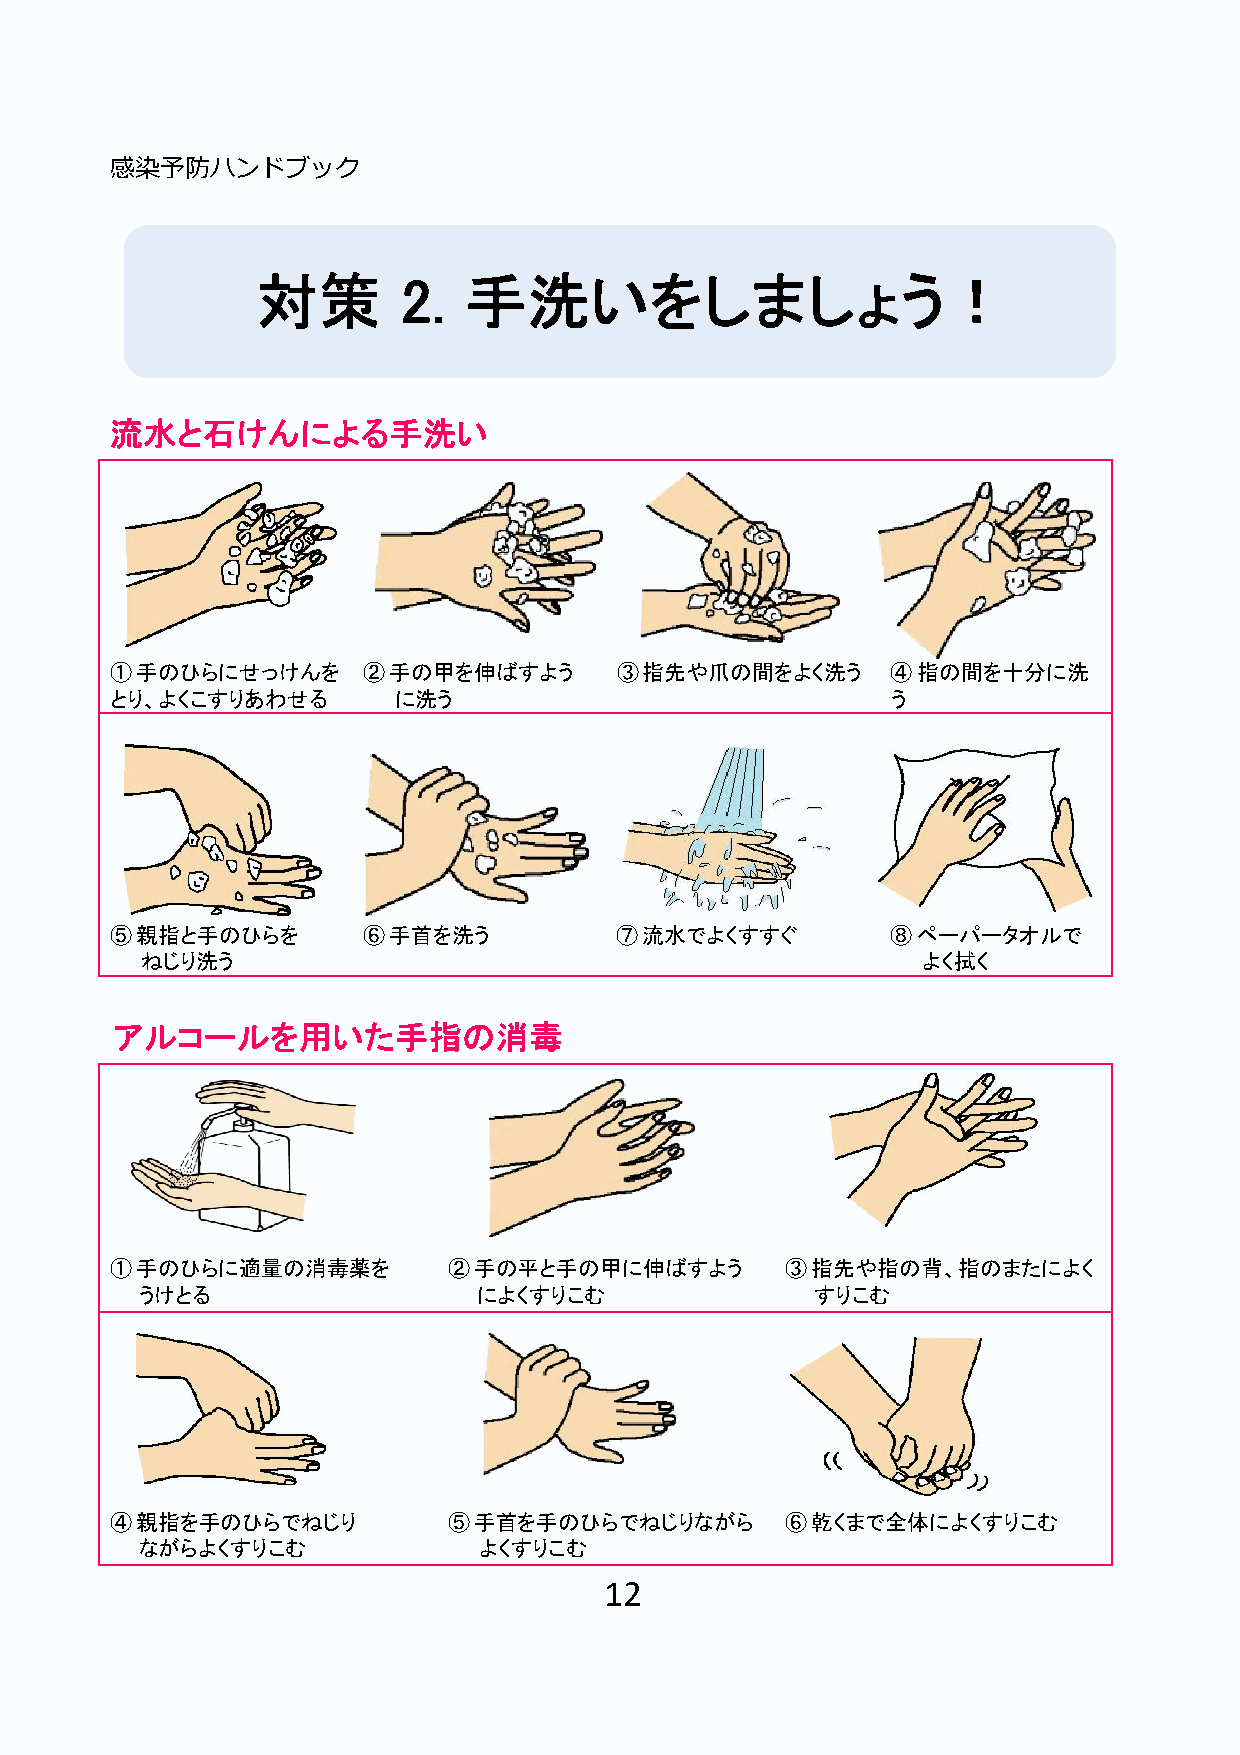
感染予防ハンドブック
 対策        2.  手洗いをしましょう！
 流水と石けんによる手洗い
 ①手のひらにせっけんを      ②手の甲を伸ばすよう       ③指先や爪の間をよく洗う      ④指の間を十分に洗
 とり、よくこすりあわせる       に洗う                              う
 ⑤親指と手のひらを        ⑥手首を洗う           ⑦流水でよくすすぐ         ⑧ペーパータオルで
 ねじり洗う                                               よく拭く
 アルコールを用いた手指の消毒
 ①手のひらに適量の消毒薬を          ②手の平と手の甲に伸ばすよう        ③指先や指の背、指のまたによく
 うけとる                   によくすりこむ               すりこむ
 ④親指を手のひらでねじり           ⑤手首を手のひらでねじりながら       ⑥乾くまで全体によくすりこむ
 ながらよくすりこむ              よくすりこむ
 12